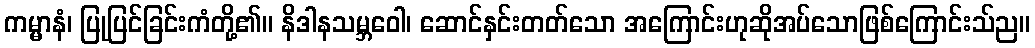
ကမ္မာနံ၊ ပြုပြင်ခြင်းကံတို့၏။ နိဒါနသမ္ဘဝေါ၊ ဆောင်နှင်းတတ်သော အကြောင်းဟုဆိုအပ်သောဖြစ်ကြောင်းသ်ည။